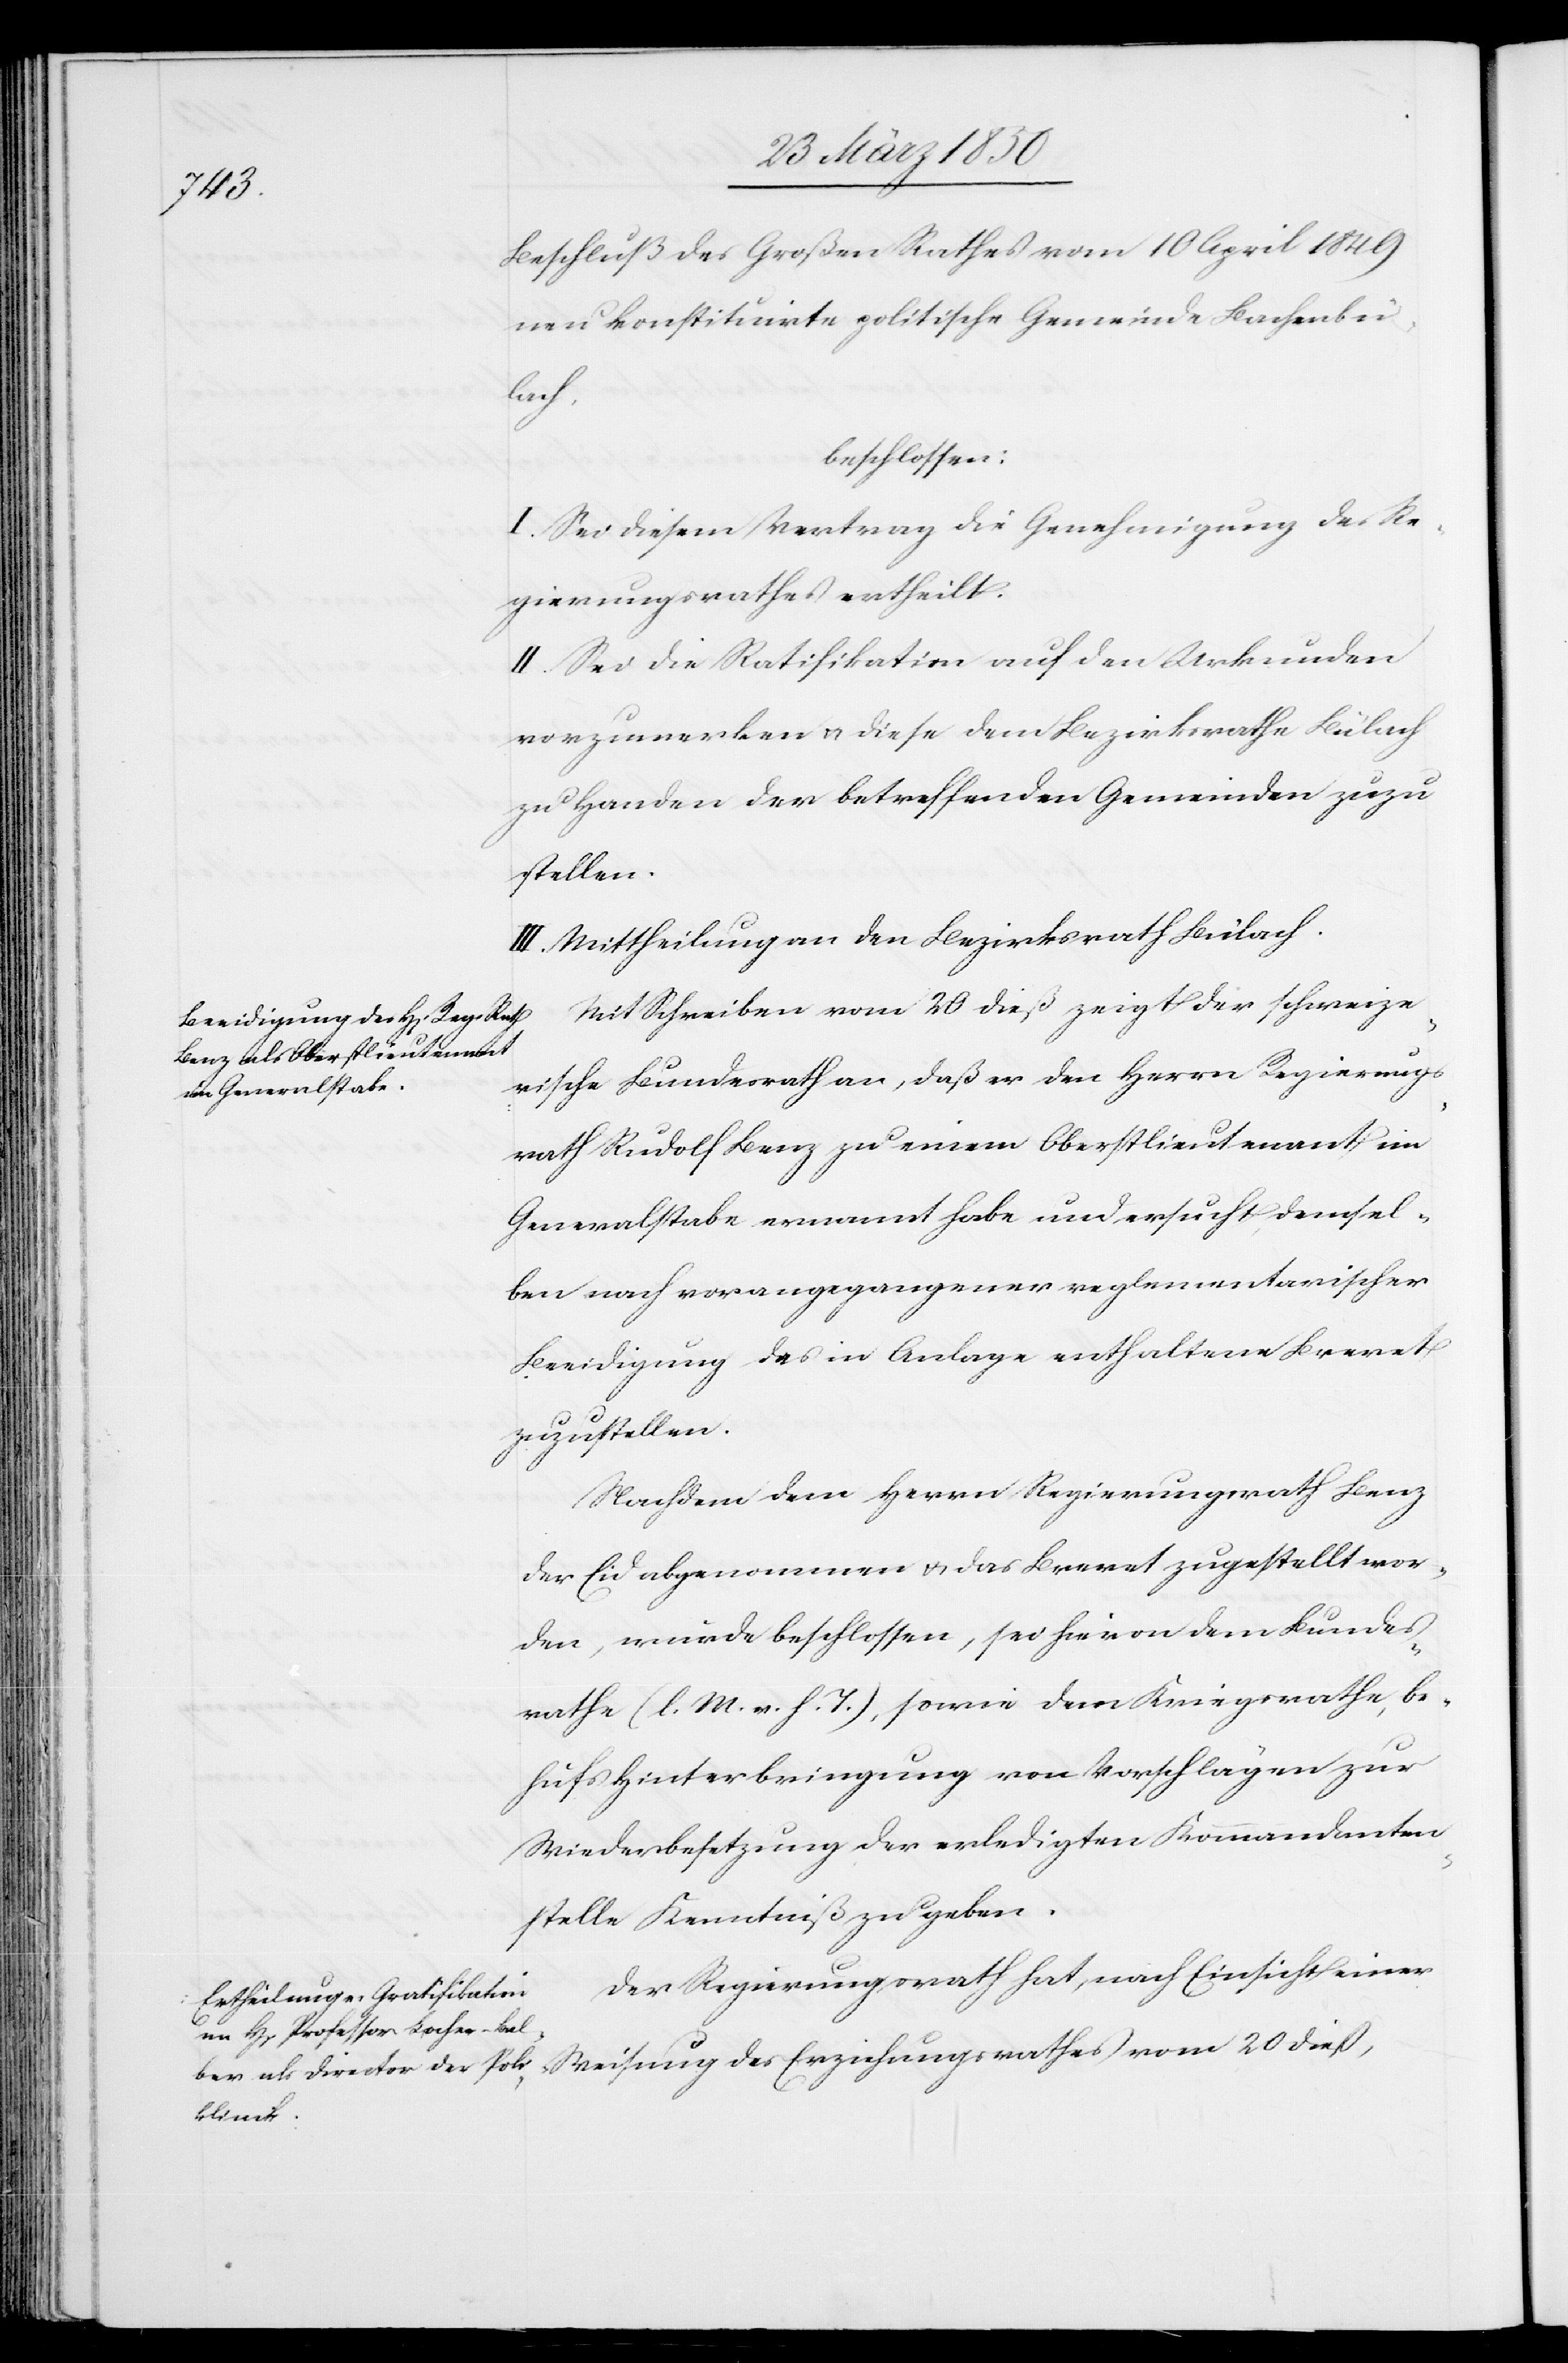
Beschluß des Großen Rathes vom 10 April 1849
neu konstituirte politische Gemeinde Bachenbü¬
lach,
beschlossen:
I. Sei diesem Vertrag die Genehmigung des Re¬
gierungsrathes ertheilt.
II. Sei die Ratifikation auf den Urkunden
vorzumerken u. diese dem Bezirksrathe Bülach
zu Handen der betreffenden Gemeinden zuzu¬
stellen.
III. Mittheilung an den Bezirksrath Bülach.
Mit Schreiben vom 20 dieß zeigt der schweize¬
rische Bundesrath an, daß er den Herrn Regierungs¬
rath Rudolf Benz zu einem Oberstlieutenant im
Generalstabe ernannt habe und ersucht, demsel¬
ben nach vorangegangener reglementarischer
Beeidigung das in Anlage enthaltene Brevet
zuzustellen.
Nachdem dem Herrn Regierungsrath Benz
der Eid abgenommen u. das Brevet zugestellt wor¬
den, wurde beschlossen, sei hievon dem Bundes¬
rathe (l. M. v. h. T.), sowie dem Kriegsrathe, be¬
hufs Hinterbringung von Vorschlägen zur
Wiederbesetzung der erledigten Kommandanten¬
stelle Kenntniß zu geben.
Der Regierungsrath hat, nach Einsicht einer
Weisung des Erziehungsrathes vom 20 dieß,